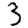
Digit: 3